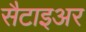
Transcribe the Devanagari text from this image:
सैटाइअर